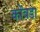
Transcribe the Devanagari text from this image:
कोंंबडा